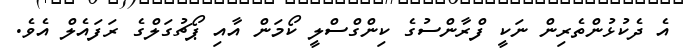
އެ ދެކުޅުންތެރިން ނަކީ ފްރާންސުގެ ކިންގްސްލީ ކޯމަން އާއި ޕޯޗުގަލްގެ ރަފައެލް އެވެ.